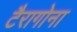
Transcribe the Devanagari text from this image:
टैरागोना